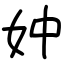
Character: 妕